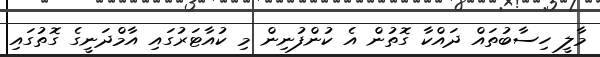
މާލީ ހިސާބުތައް ދައްކާ ގޮތުން އެ ކުންފުނިން މި ކުއާޓަރުގައި އާމްދަނީގެ ގޮތުގައި